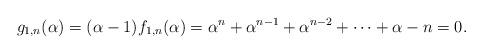
LaTeX: \begin{align*}g_{1,n}(\alpha)=(\alpha-1)f_{1,n}(\alpha)=\alpha^{n} + \alpha^{n-1} + \alpha^{n-2} + \cdots + \alpha - n=0.\end{align*}